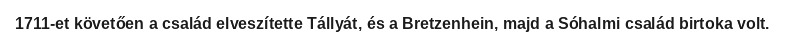
1711-et követően a család elveszítette Tállyát, és a Bretzenhein, majd a Sóhalmi család birtoka volt.